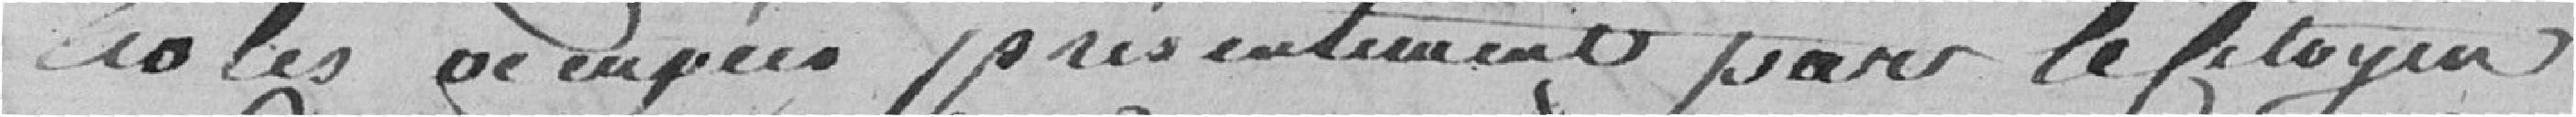
écoles occupées présentement par le citoyen